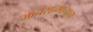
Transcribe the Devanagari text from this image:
मानसन्मानाचा